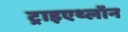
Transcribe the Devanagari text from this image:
ट्राइएथ्लॉन